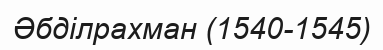
Әбділрахман (1540-1545)